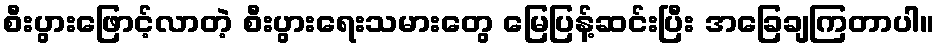
စီးပွားဖြောင့်လာတဲ့ စီးပွားရေးသမားတွေ မြေပြန့်ဆင်းပြီး အခြေချကြတာပါ။